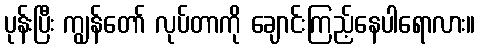
ပုန်းပြီး ကျွန်တော် လုပ်တာကို ချောင်းကြည့်နေပါရောလား။